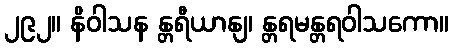
၂၉၂။ နိဝါသန န္တရီယာနျ၊ န္တရမန္တရဝါသကော။